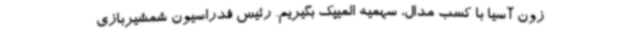
زون آسیا با کسب مدال، سهمیه المیپک بگیریم. رئیس فدراسیون شمشیربازی